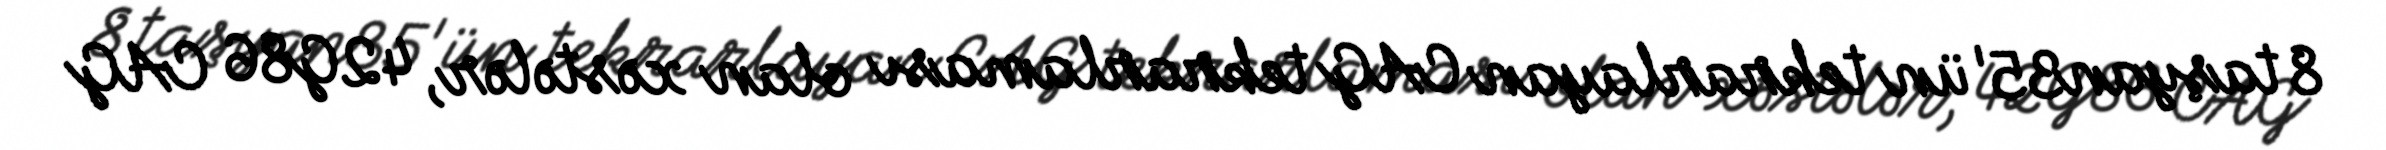
8 taşyan35'ün tekrarlayan CAG tekrarlaması olan xəstələr, 42G86 CAG